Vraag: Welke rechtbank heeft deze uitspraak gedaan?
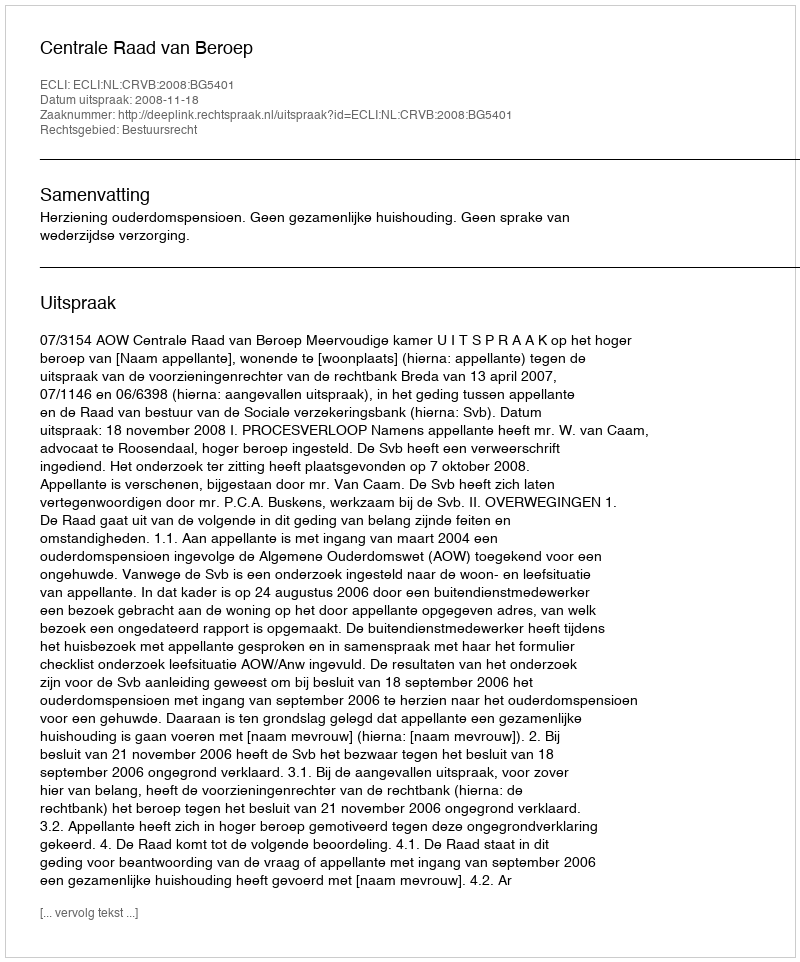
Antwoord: Centrale Raad van Beroep